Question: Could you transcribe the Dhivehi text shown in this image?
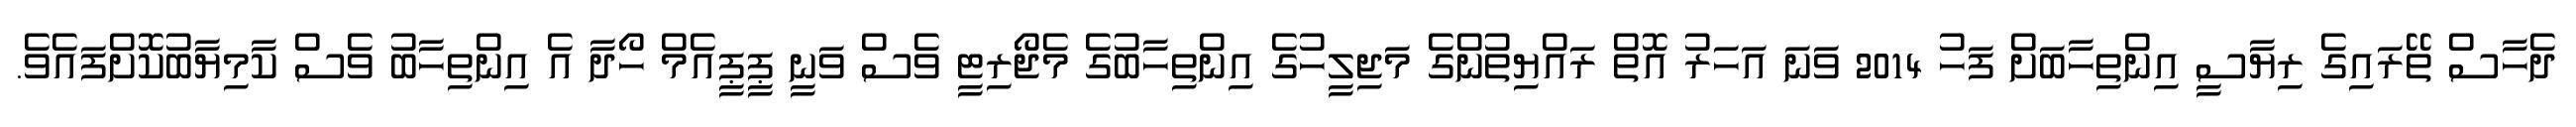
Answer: ދެހާސް ތޭރައިގެ ރިޔާސީ އިންތިހާބަށް ފަހު 2014 ވަނަ އަހަރު އޮތް ރައްޔިތުންގެ މަޖިލީހުގެ އިންތިހާބުގެ މެޖޯރިޓީ ވެސް ވަނީ ޕީޕީއެމް ހޯދާ އެ އިންތިހާބު ވެސް ކާމިޔާބުކޮށްފައެވެ.